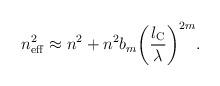
LaTeX: \begin{align*}n_{\rm eff}^2\approx n^2+n^2b_{m}\biggl(\frac{l_{\rm C}}{\lambda }\biggr)^{2m}.\end{align*}